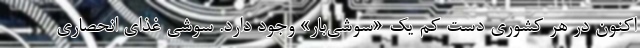
اکنون در هر کشوری دست کم یک «سوشی‌بار» وجود دارد. سوشی غذای انحصاری